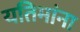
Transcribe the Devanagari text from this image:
यतिमांना